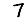
Digit: 7